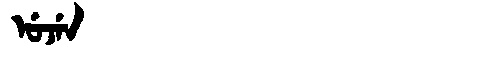
Manchu: ᡠᠵᡝᠨ
Romanization: UJEN